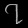
Digit: ၇